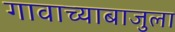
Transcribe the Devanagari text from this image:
गावाच्याबाजुला